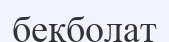
бекболат